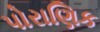
પોરાણિક